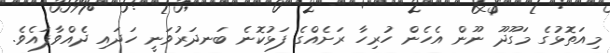
މިއަތޮޅުގެ މަގޫދޫ ނޫން އެހެން ހުރިހާ ރަށެއްގެ ފަޅުކޮނެ ބަނދަރުވަނީ ހަދައި ދެއްވާފައެވެ.